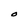
Character: O